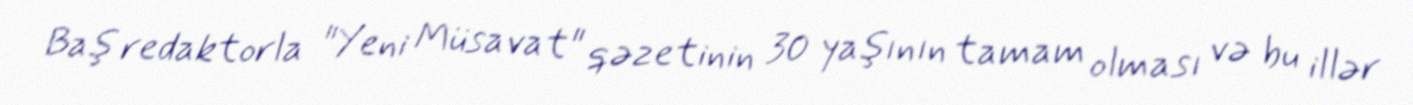
Baş redaktorla "Yeni Müsavat" qəzetinin 30 yaşının tamam olması və bu illər